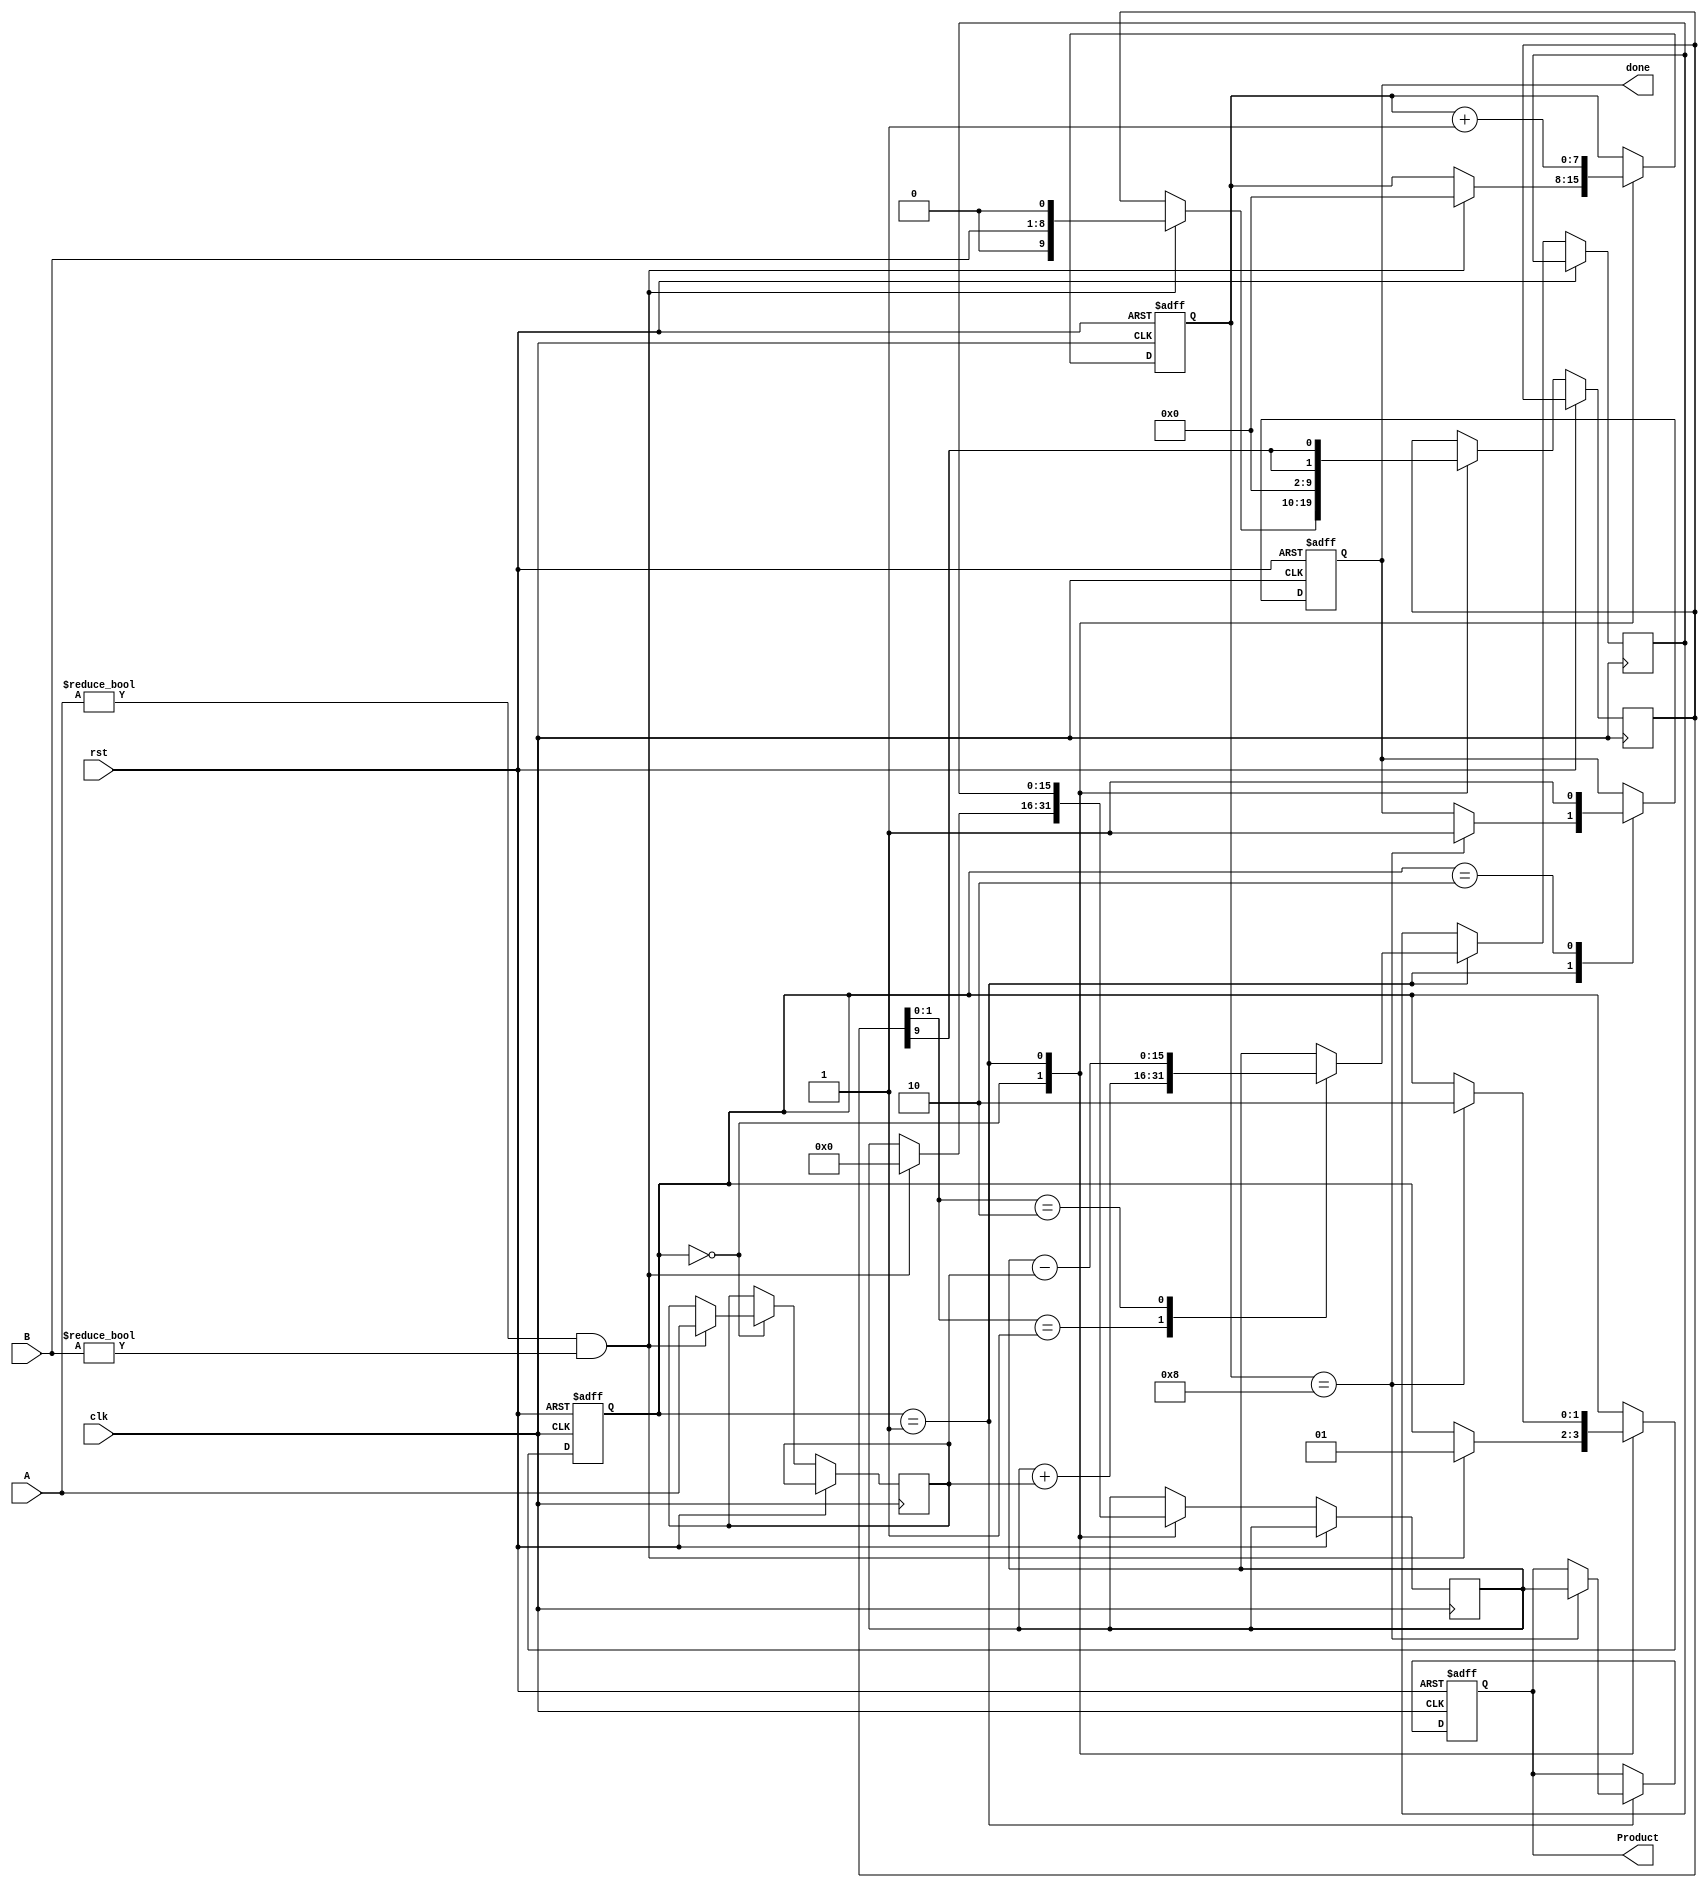
module ModifiedBoothMultiplier #(
    parameter N = 8  // Bit width of A and B
)(
    input wire clk,
    input wire rst,
    input wire [N-1:0] A,  // Multiplicand
    input wire [N-1:0] B,  // Multiplier
    output reg [2*N-1:0] Product, // Result of multiplication
    output reg done  // Multiplication done flag
);

    reg [N-1:0] multiplicand;
    reg [N-1:0] multiplier;
    reg [2*N-1:0] partial_product;
    reg [N+1:0] mult_temp; // Internal variable to hold M + M' in booth
    reg [2*N-1:0] sum;
    reg [N-1:0] counter; // Loop counter
    reg [1:0] state; // State variable for control logic

    localparam IDLE = 2'b00,
               RUN = 2'b01,
               DONE = 2'b10;

    always @(posedge clk or posedge rst) begin
        if (rst) begin
            Product <= 0;
            counter <= 0;
            done <= 0;
            state <= IDLE;
        end else begin
            case (state)
                IDLE: begin
                    if (A != 0 && B != 0) begin
                        multiplicand <= A;
                        multiplier <= B;
                        partial_product <= 0;
                        mult_temp <= {1'b0, B, 1'b0}; // B' shifted by 1 for booth
                        counter <= 0;
                        state <= RUN;
                    end
                end

                RUN: begin
                    case ({mult_temp[1:0]}) // Check least significant bits
                        2'b01: sum <= partial_product + multiplicand; // Add A
                        2'b10: sum <= partial_product - multiplicand; // Subtract A
                        default: sum <= partial_product; // No addition
                    endcase
                    
                    // Update partial products
                    partial_product <= sum;
                    mult_temp <= {mult_temp[N+1], mult_temp[N+1:N+1]}; // Shift right
                    
                    counter <= counter + 1;

                    // Check for completion
                    if (counter == N) begin
                        Product <= partial_product;
                        done <= 1;
                        state <= DONE;
                    end
                end

                DONE: begin
                    // Wait for reset to reinitialize
                    done <= 1; // Indicate multiplication is done
                end
            endcase
        end
    end

endmodule